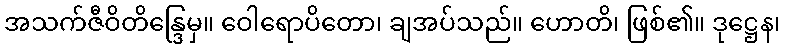
အသက်ဇီဝိတိန္ဒြေမှ။ ဝေါရောပိတော၊ ချအပ်သည်။ ဟောတိ၊ ဖြစ်၏။ ဒုဋ္ဌေန၊